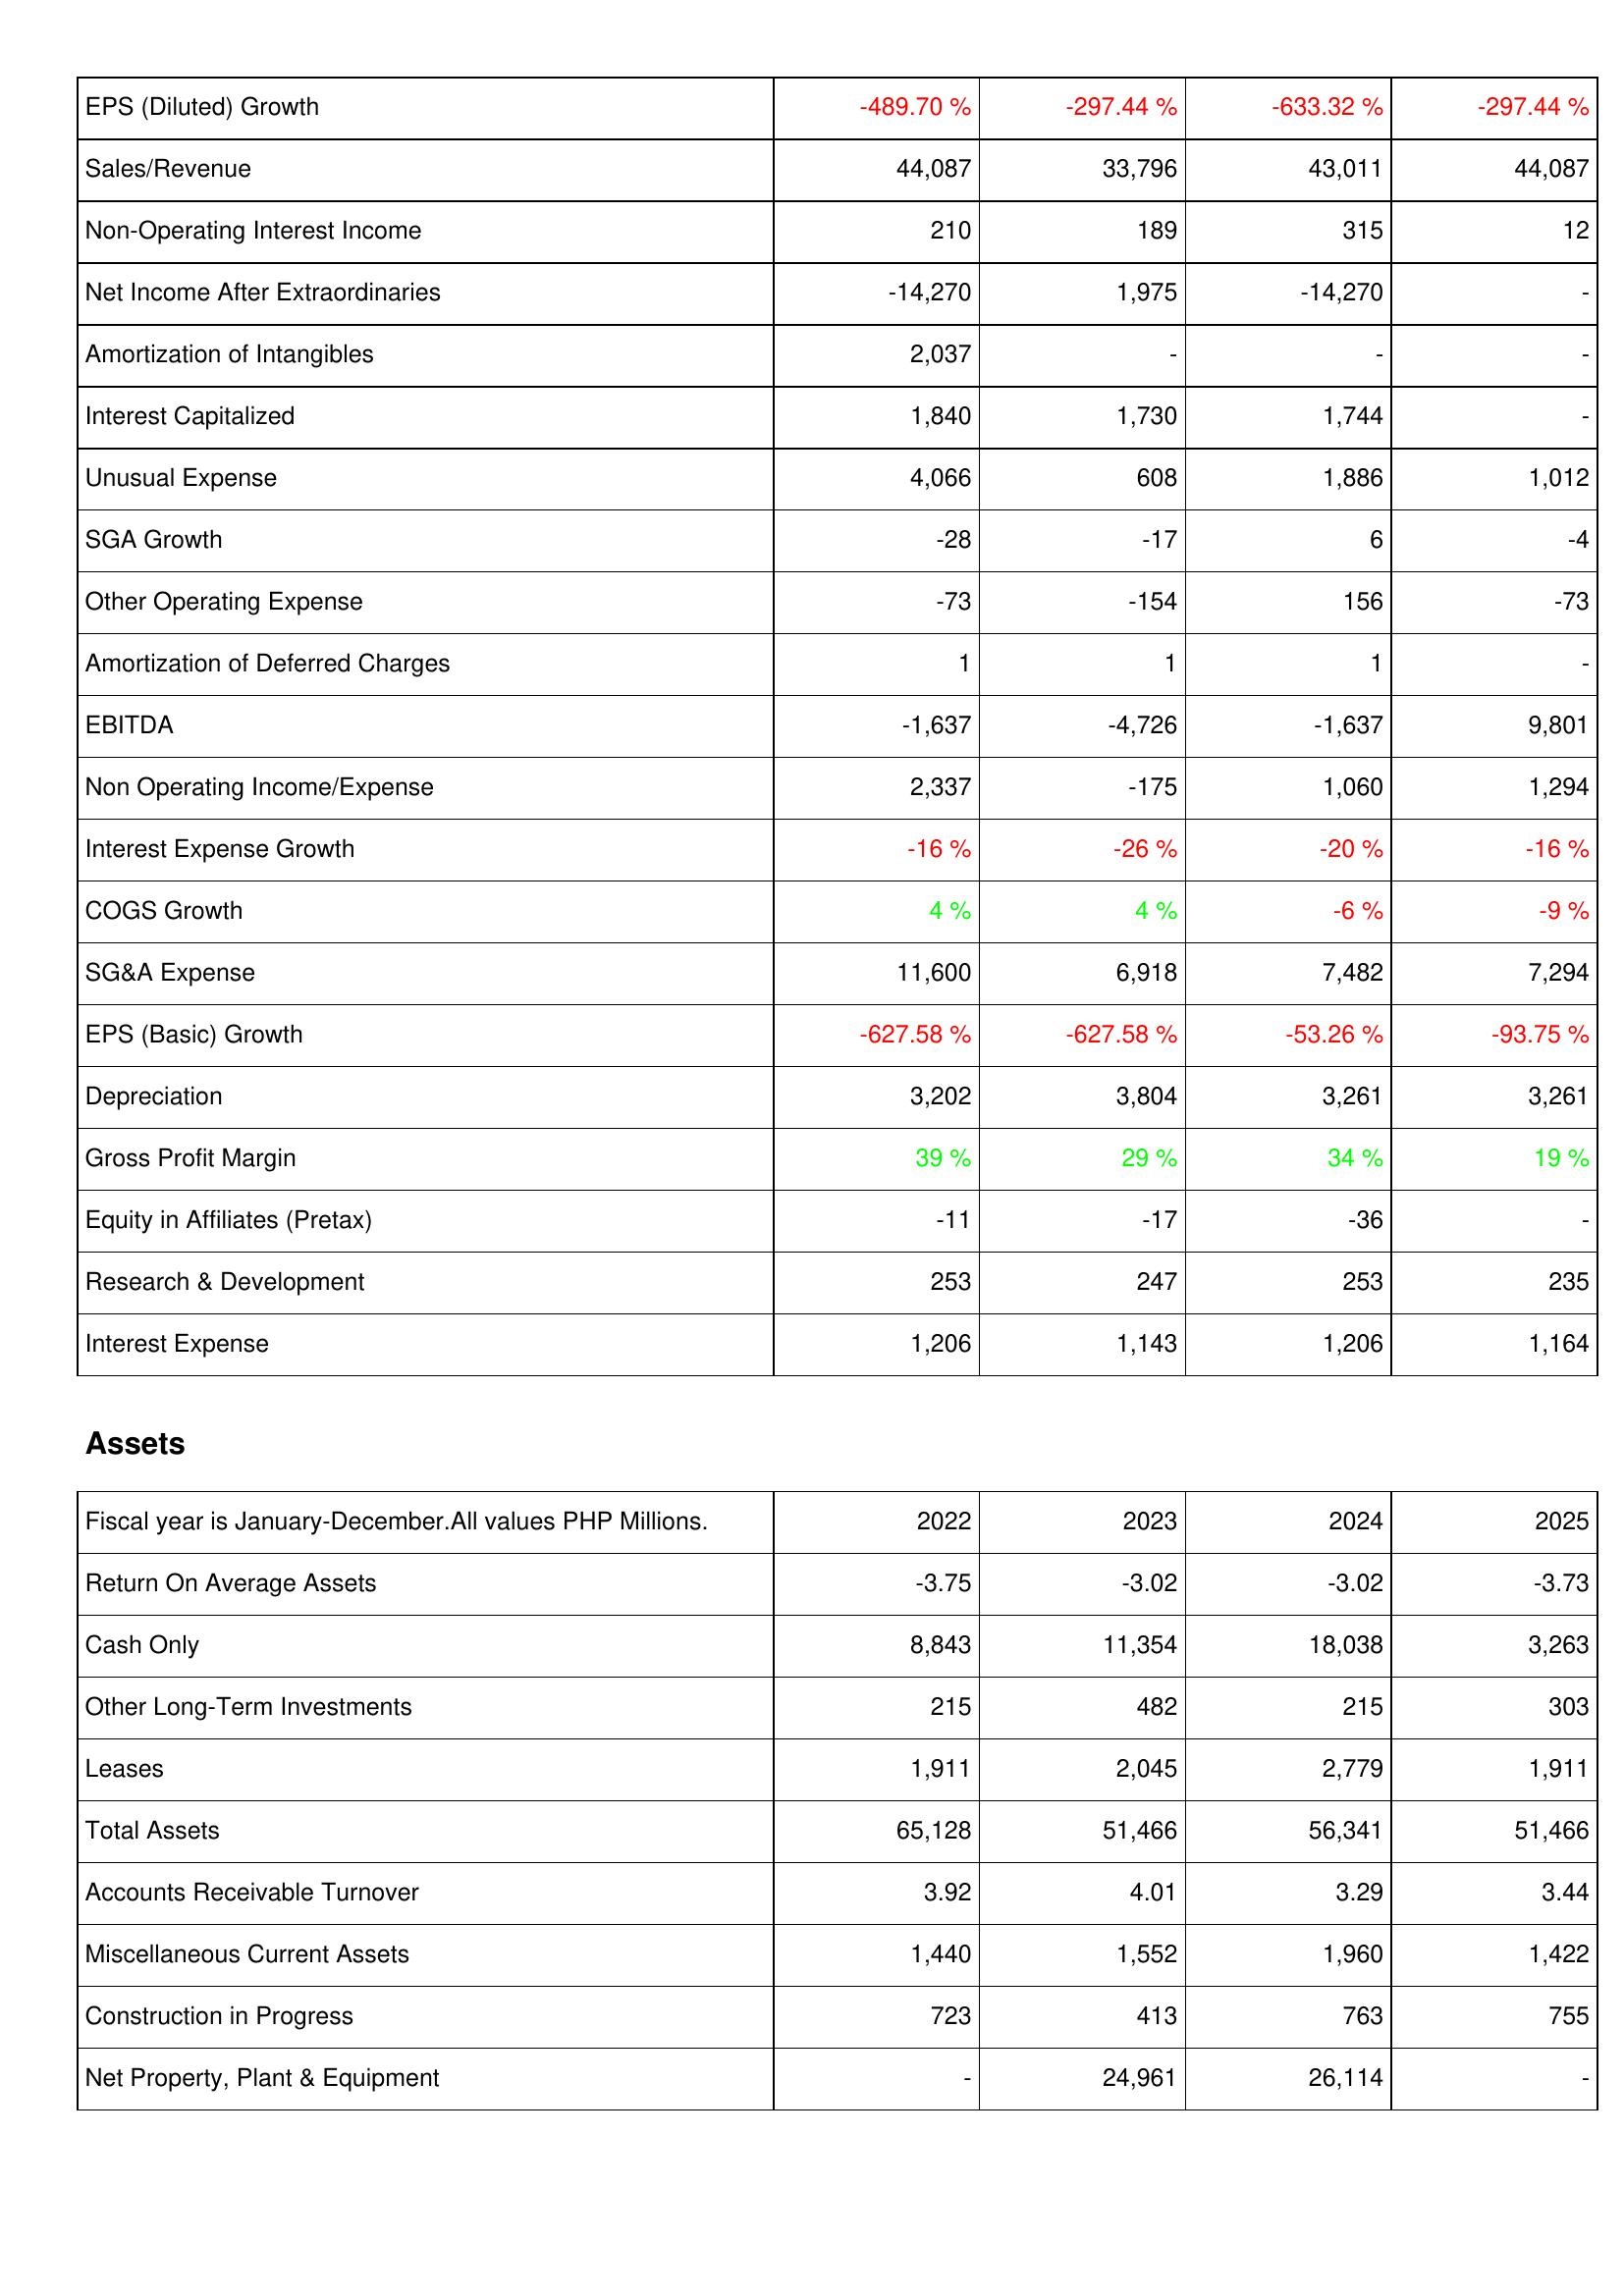
2022: Income Statement: EPS (Diluted) Growth: -489.70 %
Sales/Revenue: 44,087
Non-Operating Interest Income: 210
Net Income After Extraordinaries: -14,270
Amortization of Intangibles: 2,037
Interest Capitalized: 1,840
Unusual Expense: 4,066
SGA Growth: -28
Other Operating Expense: -73
Amortization of Deferred Charges: 1
EBITDA: -1,637
Non Operating Income/Expense: 2,337
Interest Expense Growth: -16 %
COGS Growth: 4 %
SG&A Expense: 11,600
EPS (Basic) Growth: -627.58 %
Depreciation: 3,202
Gross Profit Margin: 39 %
Equity in Affiliates (Pretax): -11
Research & Development: 253
Interest Expense: 1,206
Assets: Return On Average Assets: -3.75
Cash Only: 8,843
Other Long-Term Investments: 215
Leases: 1,911
Total Assets: 65,128
Accounts Receivable Turnover: 3.92
Miscellaneous Current Assets: 1,440
Construction in Progress: 723
Net Property, Plant & Equipment: -
2023: Income Statement: EPS (Diluted) Growth: -297.44 %
Sales/Revenue: 33,796
Non-Operating Interest Income: 189
Net Income After Extraordinaries: 1,975
Amortization of Intangibles: -
Interest Capitalized: 1,730
Unusual Expense: 608
SGA Growth: -17
Other Operating Expense: -154
Amortization of Deferred Charges: 1
EBITDA: -4,726
Non Operating Income/Expense: -175
Interest Expense Growth: -26 %
COGS Growth: 4 %
SG&A Expense: 6,918
EPS (Basic) Growth: -627.58 %
Depreciation: 3,804
Gross Profit Margin: 29 %
Equity in Affiliates (Pretax): -17
Research & Development: 247
Interest Expense: 1,143
Assets: Return On Average Assets: -3.02
Cash Only: 11,354
Other Long-Term Investments: 482
Leases: 2,045
Total Assets: 51,466
Accounts Receivable Turnover: 4.01
Miscellaneous Current Assets: 1,552
Construction in Progress: 413
Net Property, Plant & Equipment: 24,961
2024: Income Statement: EPS (Diluted) Growth: -633.32 %
Sales/Revenue: 43,011
Non-Operating Interest Income: 315
Net Income After Extraordinaries: -14,270
Amortization of Intangibles: -
Interest Capitalized: 1,744
Unusual Expense: 1,886
SGA Growth: 6
Other Operating Expense: 156
Amortization of Deferred Charges: 1
EBITDA: -1,637
Non Operating Income/Expense: 1,060
Interest Expense Growth: -20 %
COGS Growth: -6 %
SG&A Expense: 7,482
EPS (Basic) Growth: -53.26 %
Depreciation: 3,261
Gross Profit Margin: 34 %
Equity in Affiliates (Pretax): -36
Research & Development: 253
Interest Expense: 1,206
Assets: Return On Average Assets: -3.02
Cash Only: 18,038
Other Long-Term Investments: 215
Leases: 2,779
Total Assets: 56,341
Accounts Receivable Turnover: 3.29
Miscellaneous Current Assets: 1,960
Construction in Progress: 763
Net Property, Plant & Equipment: 26,114
2025: Income Statement: EPS (Diluted) Growth: -297.44 %
Sales/Revenue: 44,087
Non-Operating Interest Income: 12
Net Income After Extraordinaries: -
Amortization of Intangibles: -
Interest Capitalized: -
Unusual Expense: 1,012
SGA Growth: -4
Other Operating Expense: -73
Amortization of Deferred Charges: -
EBITDA: 9,801
Non Operating Income/Expense: 1,294
Interest Expense Growth: -16 %
COGS Growth: -9 %
SG&A Expense: 7,294
EPS (Basic) Growth: -93.75 %
Depreciation: 3,261
Gross Profit Margin: 19 %
Equity in Affiliates (Pretax): -
Research & Development: 235
Interest Expense: 1,164
Assets: Return On Average Assets: -3.73
Cash Only: 3,263
Other Long-Term Investments: 303
Leases: 1,911
Total Assets: 51,466
Accounts Receivable Turnover: 3.44
Miscellaneous Current Assets: 1,422
Construction in Progress: 755
Net Property, Plant & Equipment: -